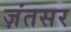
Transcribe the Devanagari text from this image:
ज़ंतसर